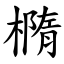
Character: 橢